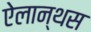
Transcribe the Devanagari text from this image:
ऐलान्थस